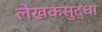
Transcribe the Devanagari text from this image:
लेखकसुद्धा